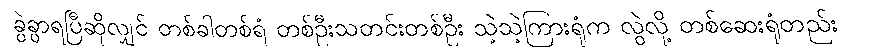
ခွဲခွာရပြီဆိုလျှင် တစ်ခါတစ်ရံ တစ်ဦးသတင်းတစ်ဦး သဲ့သဲ့ကြားရုံက လွဲလို့ တစ်ဆေးရုံတည်း